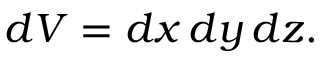
d V = d x \, d y \, d z .